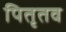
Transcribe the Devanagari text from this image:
पितृतव